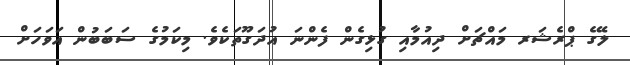
ލޭގެ ޕްރެޝަރ މައްޗަށް ދިއުމާއި ގުޅިގެން ފެންނަ އުދަގޫތަކެވެ. މިކަމުގެ ސަބަބުން އަވަހަށް